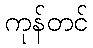
ကုန်တင်